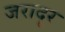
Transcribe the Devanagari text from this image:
जरादूर